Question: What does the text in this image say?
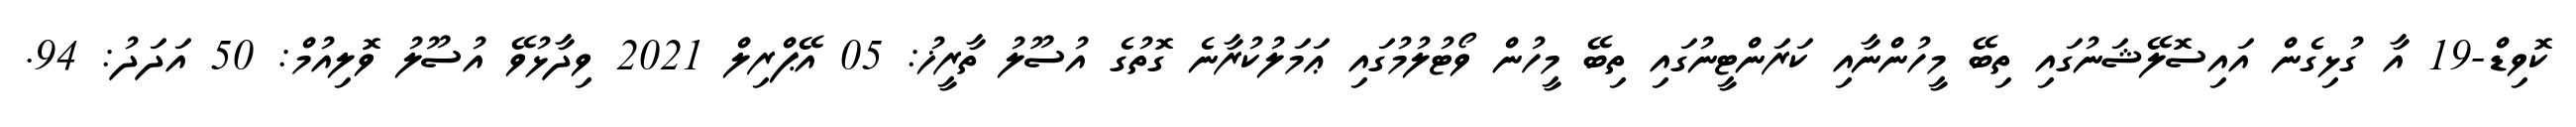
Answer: ކޮވިޑް-19 އާ ގުޅިގެން އައިސޮލޭޝަނުގައި ތިބޭ މީހުންނާއި ކަރަންޓީނުގައި ތިބޭ މީހުން ވޯޓުލުމުގައި ޢަމަލުކުރާނެ ގޮތުގެ އުސޫލު ތާރީޚު: 05 އޭޕްރިލް 2021 ވިދާޅުވޭ އުސޫލު ވޮލިއުމް: 50 އަދަދު: 94.